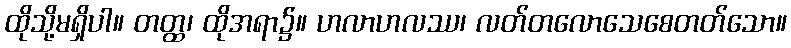
ထိုသို့မရှိပါ။ တတ္ထ၊ ထိုအရာ၌။ ဟလာဟလဿ၊ လတ်တလောသေစေတတ်သော။